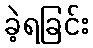
ခဲ့ရခြင်း